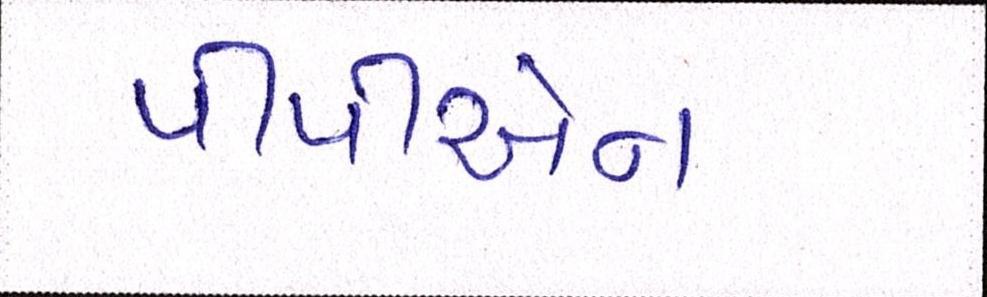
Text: પીપીએન